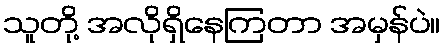
သူတို့ အလိုရှိနေကြတာ အမှန်ပဲ။